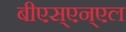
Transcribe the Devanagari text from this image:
बीएस्‌एन्‌एल